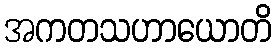
အကတသဟာယောတိ